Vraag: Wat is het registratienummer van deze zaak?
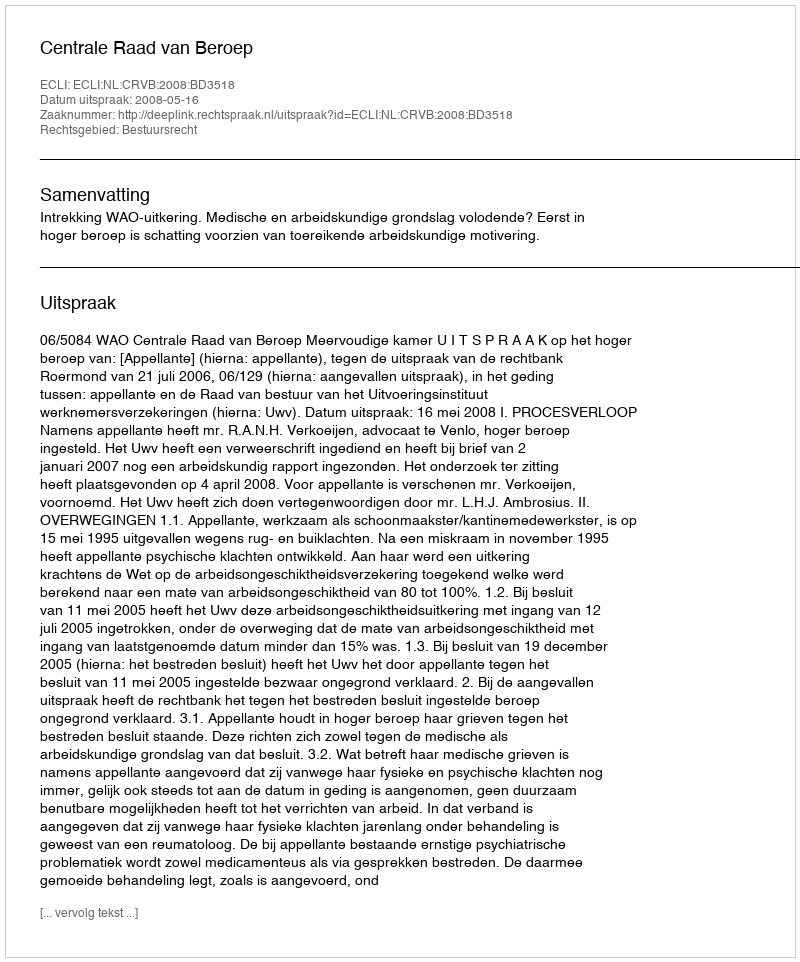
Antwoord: http://deeplink.rechtspraak.nl/uitspraak?id=ECLI:NL:CRVB:2008:BD3518